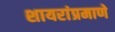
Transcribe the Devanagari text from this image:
शायरांप्रमाणे